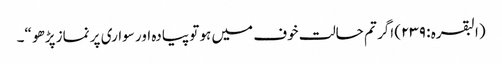
(البقرہ : ٢٣٩) اگر تم حالت خوف میں ہو تو پیادہ اور سواری پر نماز پڑھو “۔